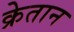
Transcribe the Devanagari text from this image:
क्रेतान